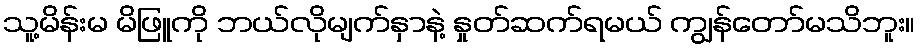
သူ့မိန်းမ မိဖြူကို ဘယ်လိုမျက်နှာနဲ့ နှုတ်ဆက်ရမယ် ကျွန်တော်မသိဘူး။